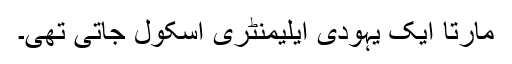
مارتا ایک یہودی ایلیمنٹری اسکول جاتی تھی۔